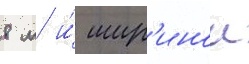
8 м и́ шир'инои